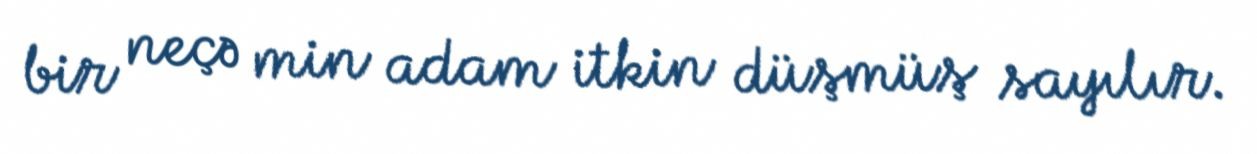
bir neçə min adam itkin düşmüş sayılır.